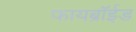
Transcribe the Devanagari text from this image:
फायब्रॉईड